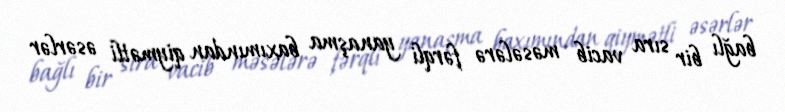
bağlı bir sıra vacib məsələrə fərqli yanaşma baxımından qiymətli əsərlər